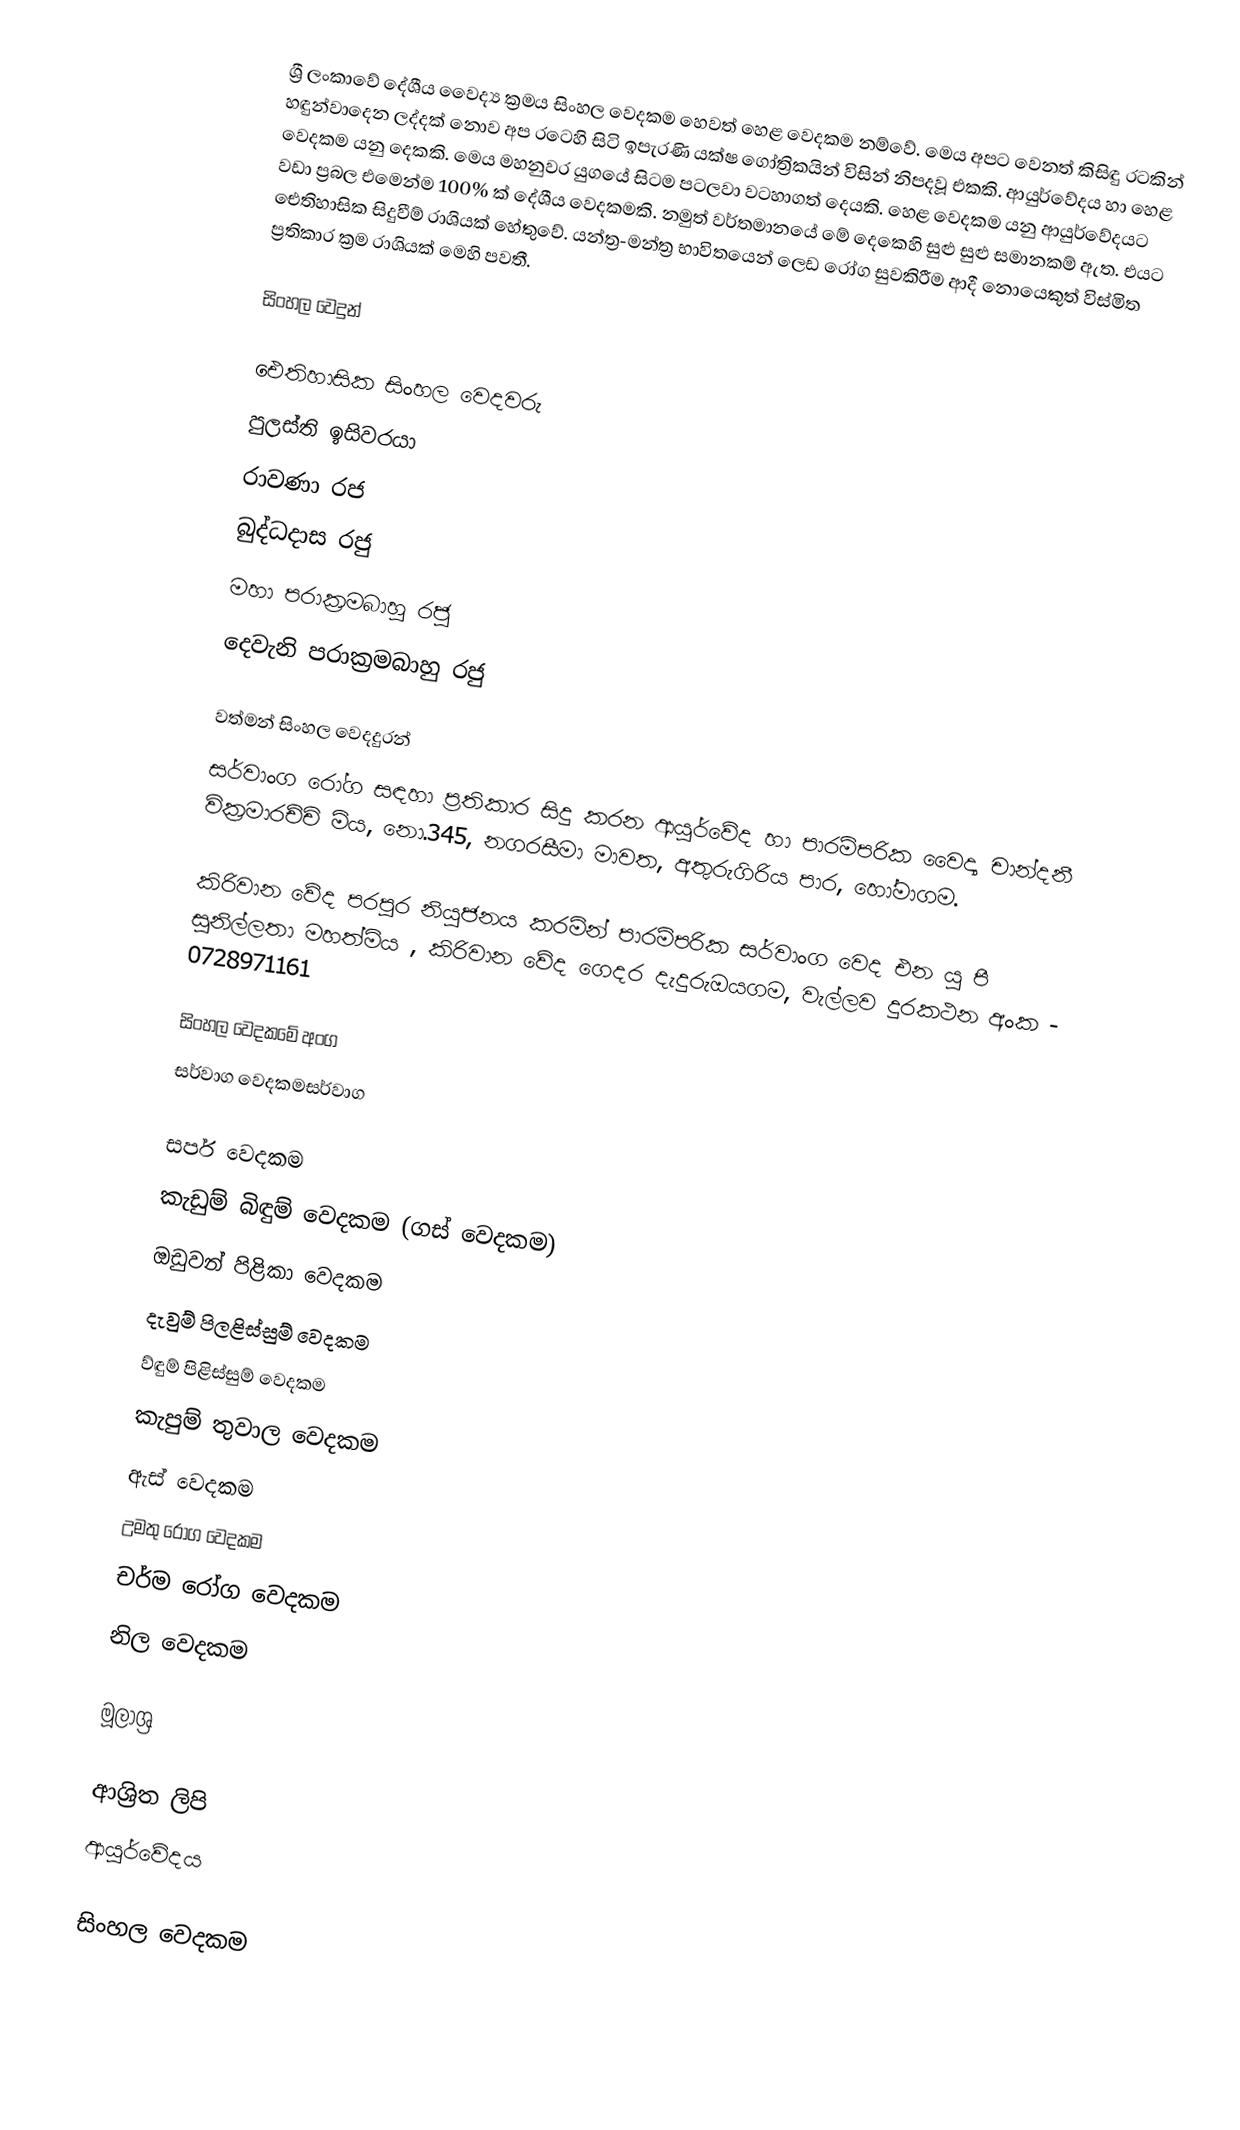
ශ්‍රී ලංකාවේ දේශීය වෛද්‍ය ක්‍රමය සිංහල වෙදකම හෙවත් හෙළ වෙදකම නම්වේ. මෙය අපට වෙනත් කිසිඳු රටකින් හඳුන්වාදෙන ලද්දක් නොව අප රටෙහි සිටි ඉපැරණි යක්ෂ ගෝත්‍රිකයින් විසින් නිපදවූ එකකි. ආයුර්වේදය හා හෙළ වෙදකම යනු දෙකකි. මෙය මහනුවර යුගයේ සිටම පටලවා වටහාගත් දෙයකි. හෙළ වෙදකම යනු ආයුර්වේදයට වඩා ප්‍රබල එමෙන්ම 100% ක් දේශීය වෙදකමකි. නමුත් වර්තමානයේ මේ දෙකෙහි සුළු සුළු සමානකම් ඇත. එයට ඓතිහාසික සිදුවීම් රාශියක් හේතුවේ. යන්ත්‍ර-මන්ත්‍ර භාවිතයෙන් ලෙඩ රෝග සුවකිරීම ආදී නොයෙකුත් විස්මිත ප්‍රතිකාර ක්‍රම රාශියක් මෙහි පවතී.

සිංහල වෙදුන්

ඓතිහාසික සිංහල වෙදවරු
  පුලස්ති ඉසිවරයා
  රාවණා රජ
  බුද්ධදාස රජු
  මහා පරාක්‍රමබාහු රජු
  දෙවැනි පරාක්‍රමබාහු රජු

වත්මන් සිංහල වෙදදුරන්
සර්වාංග රෝග සඳහා ප්‍රතිකාර සිදු කරන ආයුර්වේද හා පාරම්පරික වෛද්‍ය චාන්දනී වික්‍රමාරච්චි මිය, නො.345, නගරසීමා මාවත, අතුරුගිරිය පාර, හෝමාගම.

කිරිවාන වේද පරපුර නියූජනය කරමින් පාරම්පරික සර්වාංග වෙද එන යූ පී සුනිල්ලතා මහත්මිය , කිරිවාන වේද ගෙදර දැදුරුඔයගම,       වැල්ලව දුරකථන අංක - 0728971161

සිංහල වෙදකමේ අංග
 සර්වාග වෙදකමසර්වාග

 සර්ප වෙදකම
 කැඩුම් බිඳුම් වෙදකම (ගස් වෙදකම)
 ඔඩුවන් පිළිකා වෙදකම
 දැවුම් පිලළිස්සුම් වෙදකම
 ව්ඳුම් පිළිස්සුම් වෙදකම
 කැපුම් තුවාල වෙදකම
 ඇස් වෙදකම
 උමතු රෝග වෙදකම
 චර්ම රෝග වෙදකම
 නිල වෙදකම

මූලාශ්‍ර

ආශ්‍රිත ලිපි
 ආයුර්වේදය

සිංහල වෙදකම